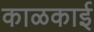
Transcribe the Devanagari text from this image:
काळकाई